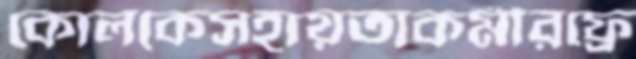
কোলকেসহায়তাকর্মীরফ্রে